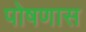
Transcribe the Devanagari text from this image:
पोषणास